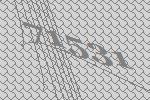
71531